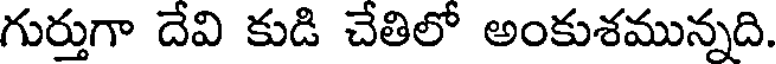
గుర్తుగా దేవి కుడి చేతిలో అంకుశమున్నది.